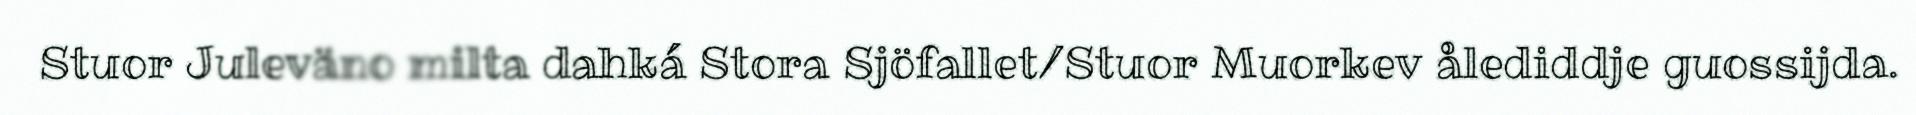
Stuor Juleväno milta dahká Stora Sjöfallet/Stuor Muorkev ålediddje guossijda.